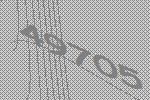
49705